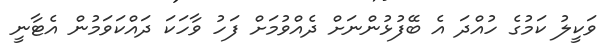
ވަކީލު ކަމުގެ ހުއްދަ އެ ބޭފުޅުންނަށް ދެއްވުމަށް ފަހު ވާހަކަ ދައްކަވަމުން އެޓާނީ